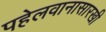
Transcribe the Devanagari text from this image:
पहेलवानासारखी